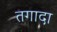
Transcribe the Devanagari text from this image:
तगादा